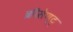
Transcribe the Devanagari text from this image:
क्रीसेण्ट्